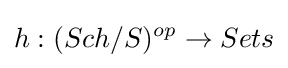
h:(Sch/S)^{op}\to Sets